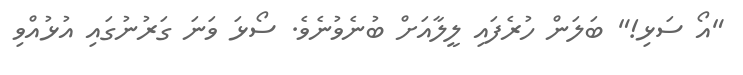
"އޯ ސަޅި!" ބަލަން ހުރެފައި ލީލާއަށް ބުނެވުނެވެ. ސޯޅަ ވަނަ ގަރުނުގައި އުޅުއްވި